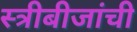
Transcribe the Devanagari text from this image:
स्त्रीबीजांची